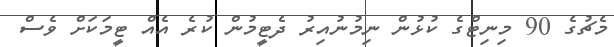
މެޗުގެ 90 މިނިޓްގެ ކުޅުން ނިމުނުއިރު ދެޓީމުން ކުރެ އެއް ޓީމަކަށް ވެސް